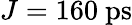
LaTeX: J=160~\mathrm{ps}